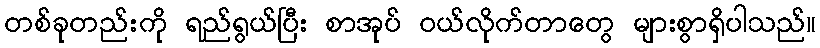
တစ်ခုတည်းကို ရည်ရွယ်ပြီး စာအုပ် ဝယ်လိုက်တာတွေ များစွာရှိပါသည်။